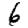
Digit: 6